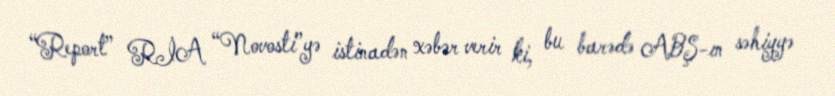
“Report” RİA “Novosti”yə istinadən xəbər verir ki, bu barədə ABŞ-ın səhiyyə